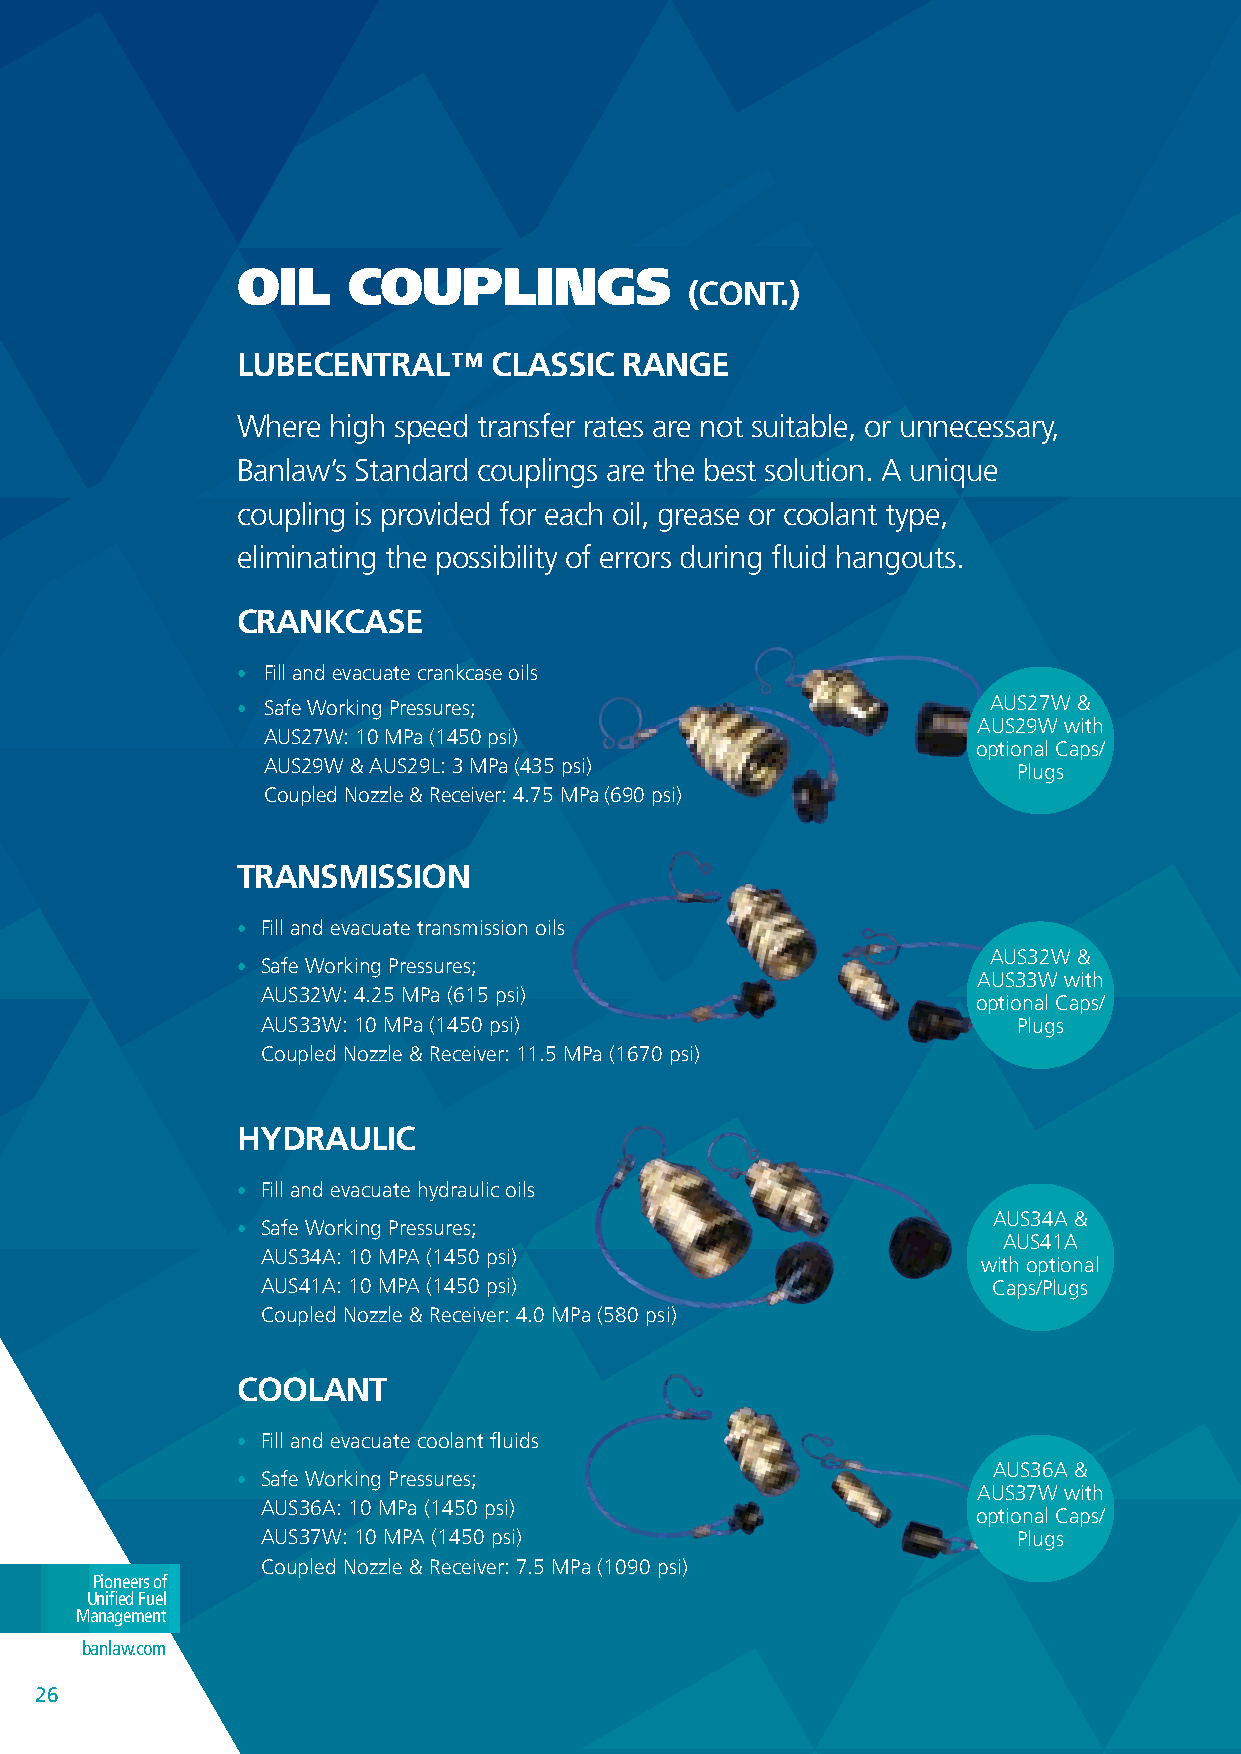
OIL    COUPLINGS
 (CONT.)
 LUBECENTRAL™     CLASSIC RANGE
 Where high speed transfer rates are not suitable, or unnecessary,
 Banlaw’s Standard couplings are the best solution. A unique
 coupling is provided for each oil, grease or coolant type,
 eliminating the possibility of errors during fluid hangouts.
 CRANKCASE
 • Fill and evacuate crankcase oils
 • Safe Working Pressures;                         AUS27W &
 AUS29W with
 AUS27W: 10 MPa (1450 psi)
 optional Caps/
 AUS29W & AUS29L: 3 MPa (435 psi)                  Plugs
 Coupled Nozzle & Receiver: 4.75 MPa (690 psi)
 TRANSMISSION
 • Fill and evacuate transmission oils
 AUS32W &
 • Safe Working Pressures;
 AUS33W with
 AUS32W: 4.25 MPa (615 psi)
 optional Caps/
 AUS33W: 10 MPa (1450 psi)                         Plugs
 Coupled Nozzle & Receiver: 11.5 MPa (1670 psi)
 HyDRAULIC
 • Fill and evacuate hydraulic oils
 AUS34A &
 • Safe Working Pressures;
 AUS41A
 AUS34A: 10 MPA (1450 psi)
 with optional
 AUS41A: 10 MPA (1450 psi)                        Caps/Plugs
 Coupled Nozzle & Receiver: 4.0 MPa (580 psi)
 COOLANT
 • Fill and evacuate coolant fluids
 AUS36A &
 • Safe Working Pressures;
 AUS37W with
 AUS36A: 10 MPa (1450 psi)
 optional Caps/
 AUS37W: 10 MPA (1450 psi)                         Plugs
 Coupled Nozzle & Receiver: 7.5 MPa (1090 psi)
 Pioneers of
 Unified Fuel
 Management
 banlaw.com
 2266